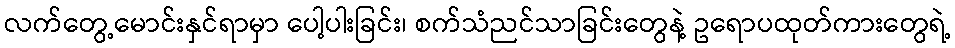
လက်တွေ့မောင်းနှင်ရာမှာ ပေါ့ပါးခြင်း၊ စက်သံညင်သာခြင်းတွေနဲ့ ဥရောပထုတ်ကားတွေရဲ့